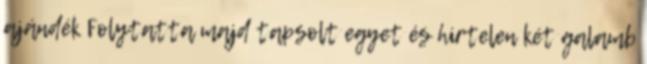
ajándék Folytatta majd tapsolt egyet és hirtelen két galamb